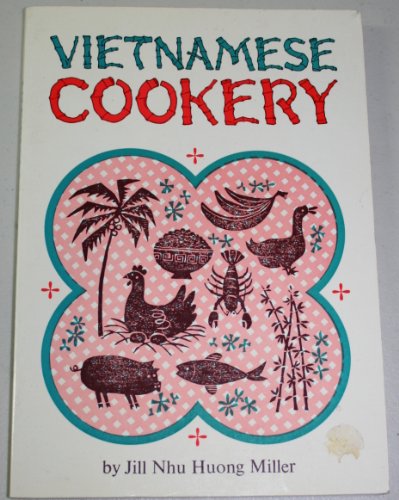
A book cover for Vietnamese Cookery; Roy Andrew Miller; Cookbooks, Food & Wine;